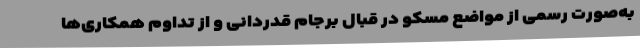
به‌صورت رسمی از مواضع مسکو در قبال برجام قدردانی و از تداوم همکاری‌ها